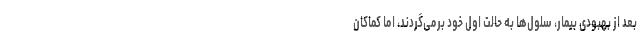
بعد از بهبودی بیمار، سلول‌ها به حالت اول خود برمی‌گردند، اما کماکان